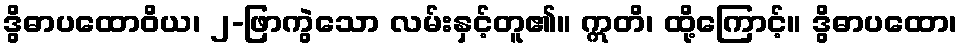
ဒွိဓာပထောဝိယ၊ ၂-ဖြာကွဲသော လမ်းနှင့်တူ၏။ ဣတိ၊ ထို့ကြောင့်။ ဒွိဓာပထော၊